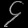
Digit: ၄